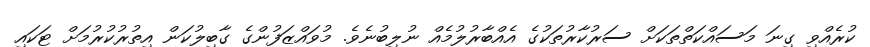
ކުރެއްވި ގިނަ މަސައްކަތްތަކަށް ސަރުކާރުތަކުގެ އެއްބާރުލުމެއް ނުލިބުނެވެ. މުވައްޒަފުންގެ ގާބިލުކަން އިތުުރުކުރުމަށް ޓަކައި